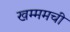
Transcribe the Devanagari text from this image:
खम्ममची